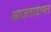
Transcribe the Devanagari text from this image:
आजतायागत